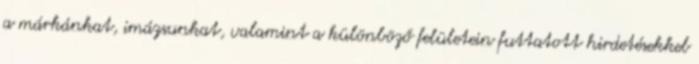
a márkánkat, imázsunkat, valamint a különböző felületein futtatott hirdetésekkel